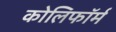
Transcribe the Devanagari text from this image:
कोलिफॉर्म